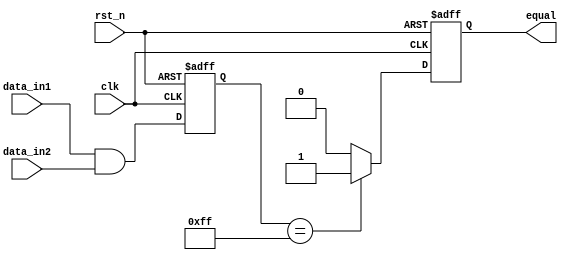
module serial_comparator (
    input wire clk,
    input wire rst_n,
    input wire [7:0] data_in1,
    input wire [7:0] data_in2,
    output reg equal
);

reg [7:0] xor_result;
reg [7:0] and_result;

always @(posedge clk or negedge rst_n) begin
    if (~rst_n) begin
        xor_result <= 8'b0;
        and_result <= 8'b1;
        equal <= 1'b0;
    end else begin
        xor_result <= data_in1 ^ data_in2;
        and_result <= data_in1 & data_in2;
        
        if (and_result == 8'b11111111) begin
            equal <= 1'b1;
        end else begin
            equal <= 1'b0;
        end
    end
end

endmodule